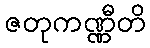
ဇတုကဏ္ဏီတိ